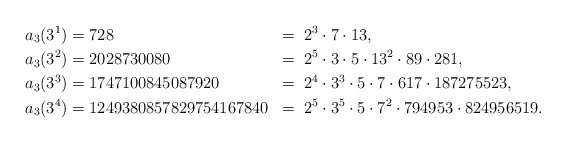
\begin{align*} a_3(3^1) &= 728 & =&\;\; 2^3\cdot 7 \cdot 13,\\ a_3(3^2) &= 2028730080 & =&\;\; 2^5\cdot 3 \cdot 5 \cdot 13^2 \cdot 89 \cdot 281,\\ a_3(3^3) &= 1747100845087920 & =& \;\;2^4\cdot 3^3 \cdot 5 \cdot 7 \cdot 617 \cdot 187275523,\\ a_3(3^4) &= 1249380857829754167840 & =&\;\; 2^5\cdot 3^5 \cdot 5 \cdot 7^2 \cdot 794953 \cdot 824956519.\\ \end{align*}